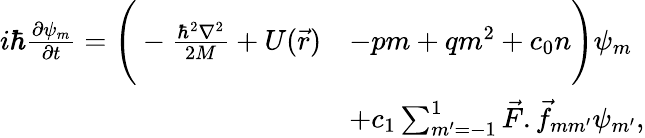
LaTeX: \begin{array}{rl}{i\hbar\frac{\partial\psi_{m}}{\partial t}=\Bigg(-\frac{\hbar^{2}\nabla^{2}}{2M}+U(\vec{r})}&{-pm+qm^{2}+c_{0}n\Bigg)\psi_{m}}\\ &{+c_{1}\sum_{m^{\prime}=-1}^{1}\vec{F}.\vec{f}_{mm^{\prime}}\psi_{m^{\prime}},}\end{array}